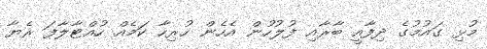
މުޅި ގައުމުގެ ދިފާއީ ބާރާއި ފުލުހުން އެހެން ހުރިހާ ކަމެއް ހުއްޓާލާފަ ރެޔާ